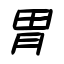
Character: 胃